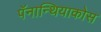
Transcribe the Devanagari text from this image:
पॅनान्थियाकोस